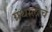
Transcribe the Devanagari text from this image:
ग्रंथालीचे